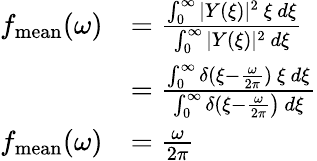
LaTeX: \begin{array}{rl}{f_{\mathrm{mean}}(\omega)}&{=\frac{\int_{0}^{\infty}|Y(\xi)|^{2}~\xi~d\xi}{\int_{0}^{\infty}|Y(\xi)|^{2}~d\xi}}\\ &{=\frac{\int_{0}^{\infty}\delta(\xi-\frac{\omega}{2\pi})~\xi~d\xi}{\int_{0}^{\infty}\delta(\xi-\frac{\omega}{2\pi}\big)~d\xi}}\\ {f_{\mathrm{mean}}(\omega)}&{=\frac{\omega}{2\pi}}\end{array}